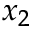
x _ { 2 }